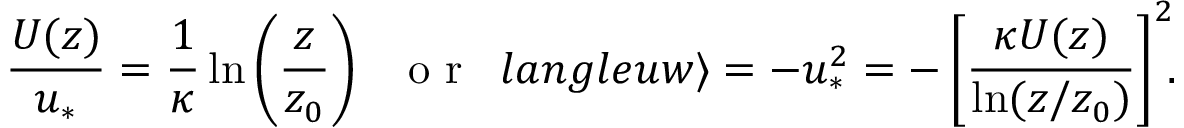
\frac { U ( z ) } { u _ { \ast } } = \frac { 1 } { \kappa } \ln \left( \frac { z } { z _ { 0 } } \right) \ \ \mathrm { ~ o ~ r ~ } \ \, l a n g l e u w \rangle = - u _ { \ast } ^ { 2 } = - \left[ \frac { \kappa U ( z ) } { \ln ( z / z _ { 0 } ) } \right] ^ { 2 } \! \! .